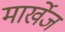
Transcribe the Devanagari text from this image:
मार्खेज